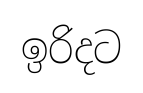
ඉරිදට